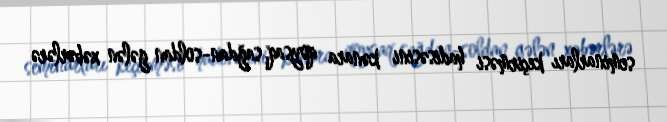
seminarları keçirməsi hadisəsini kənara qoysaq, sağdan-soldan gələn xəbərlərə